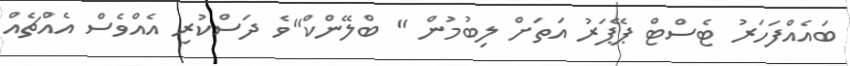
ބައެއްފަހަރު ޓެސްޓް ޕޭޕަރު އަތަށް ލިބުމުން " ބްލޭންކް"ވެ ދަސްކުރި އެއްވެސް އެއްޗެއް